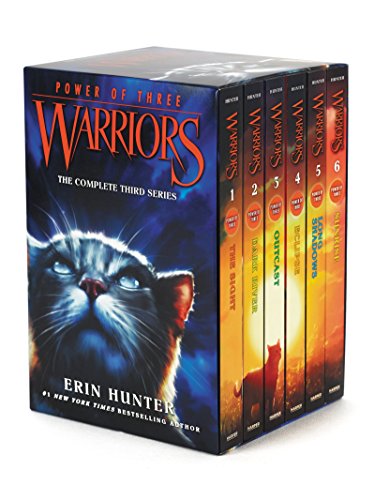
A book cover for Warriors: Power of Three Box Set: Volumes 1 to 6; Erin Hunter; Children's Books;